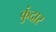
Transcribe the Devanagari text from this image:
कुंदार